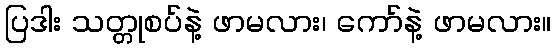
ပြဒါး သတ္တုစပ်နဲ့ ဖာမလား၊ ကော်နဲ့ ဖာမလား။